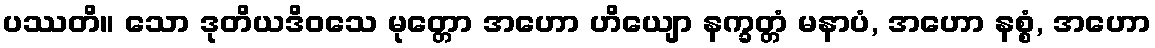
ပဿတိ။ သော ဒုတိယဒိဝသေ မုတ္တော အဟော ဟိယျော နက္ခတ္တံ မနာပံ, အဟော နစ္စံ, အဟော